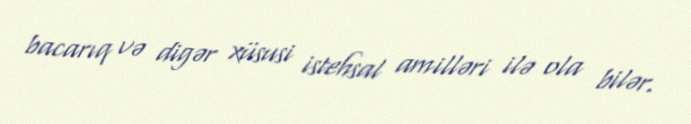
bacarıq və digər xüsusi istehsal amilləri ilə ola bilər.